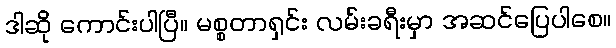
ဒါဆို ကောင်းပါပြီ။ မစ္စတာရှင်း လမ်းခရီးမှာ အဆင်ပြေပါစေ။